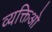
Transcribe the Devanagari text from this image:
व्यक्तिओ